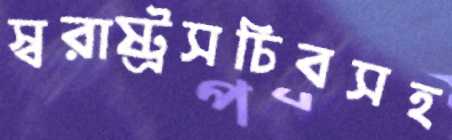
স্বরাষ্ট্রসচিবসহ